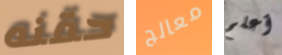
حقنه معالج أعلم